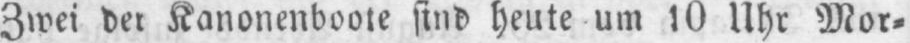
Zwei der Kanonenboote sind heute um 10 Uhr Mor⸗